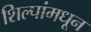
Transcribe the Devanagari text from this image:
शिल्पांमधून